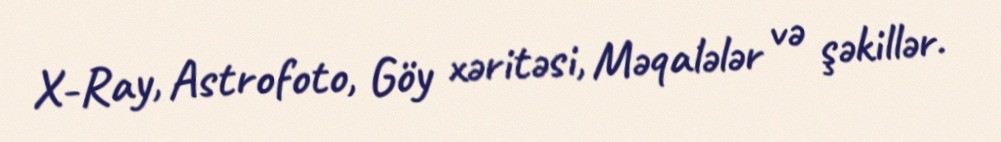
X-Ray, Astrofoto, Göy xəritəsi, Məqalələr və şəkillər.